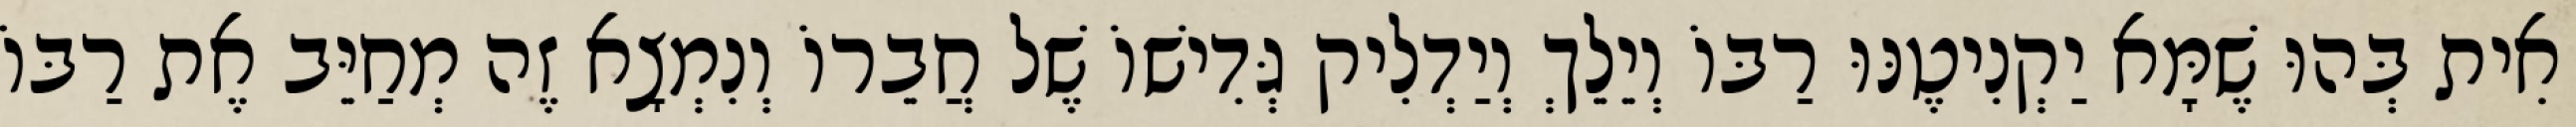
אִית בְּהוּ שֶׁמָּא יַקְנִיטֶנּוּ רַבּוֹ וְיֵלֵךְ וְיַדְלִיק גְּדִישׁוֹ שֶׁל חֲבֵרוֹ וְנִמְצָא זֶה מְחַיֵּב אֶת רַבּוֹ